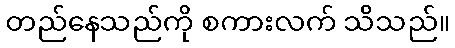
တည်နေသည်ကို စကားလက် သိသည်။